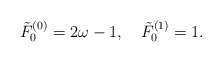
\begin{align*}\tilde F_0^{(0)}=2\omega -1,\quad \tilde F_0^{(1)}=1.\end{align*}